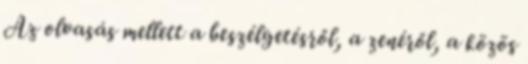
Az olvasás mellett a beszélgetésről, a zenéről, a közös